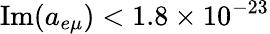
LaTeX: \mathrm{Im}(a_{e\mu})<1.8\times 10^{-23}